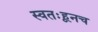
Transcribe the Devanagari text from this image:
स्वतःहूनच